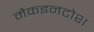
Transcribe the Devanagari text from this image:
मैकइनटोश